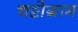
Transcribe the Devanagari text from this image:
चट्टोग्राम